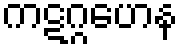
ကဋဂ္ဂဟေန